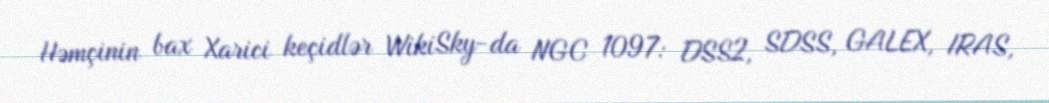
Həmçinin bax Xarici keçidlər WikiSky-da NGC 1097: DSS2, SDSS, GALEX, IRAS,